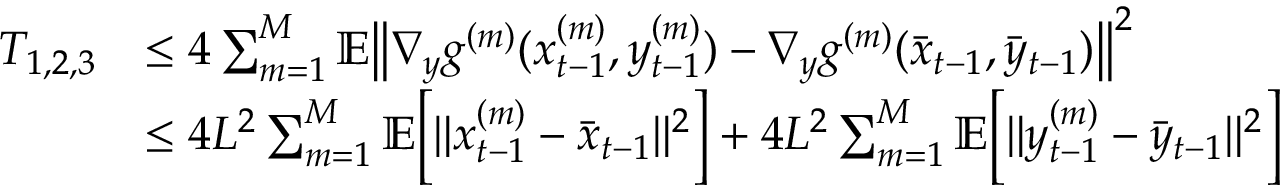
\begin{array} { r l } { T _ { 1 , 2 , 3 } } & { \leq 4 \sum _ { m = 1 } ^ { M } \mathbb { E } \big \| \nabla _ { y } g ^ { ( m ) } ( x _ { t - 1 } ^ { ( m ) } , y _ { t - 1 } ^ { ( m ) } ) - \nabla _ { y } g ^ { ( m ) } ( \bar { x } _ { t - 1 } , \bar { y } _ { t - 1 } ) \big \| ^ { 2 } } \\ & { \leq 4 L ^ { 2 } \sum _ { m = 1 } ^ { M } \mathbb { E } \bigg [ \| x _ { t - 1 } ^ { ( m ) } - \bar { x } _ { t - 1 } \| ^ { 2 } \bigg ] + 4 L ^ { 2 } \sum _ { m = 1 } ^ { M } \mathbb { E } \bigg [ \| y _ { t - 1 } ^ { ( m ) } - \bar { y } _ { t - 1 } \| ^ { 2 } \bigg ] } \end{array}